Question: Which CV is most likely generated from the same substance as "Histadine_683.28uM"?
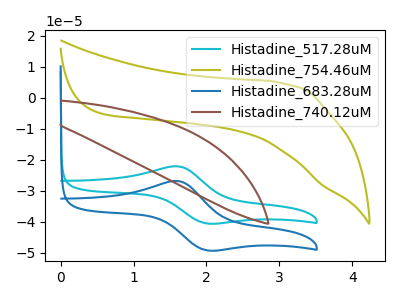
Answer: <think>The cyan curve "Histadine_517.28uM" has an anodic peak at (1.60V, -22.20uA) and a cathodic peak at (2.00V, -40.60uA). The olive curve "Histadine_754.46uM" has no peaks. The blue curve "Histadine_683.28uM" has an anodic peak at (1.60V, -26.95uA) and a cathodic peak at (2.00V, -49.30uA). The brown curve "Histadine_740.12uM" has no peaks.
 "Histadine_517.28uM" and "Histadine_754.46uM" have a different number of peaks. All the peaks in "Histadine_517.28uM" have a peak in "Histadine_683.28uM" at the same potential. "Histadine_517.28uM" and "Histadine_740.12uM" have a different number of peaks. "Histadine_754.46uM" and "Histadine_683.28uM" have a different number of peaks. Neither "Histadine_754.46uM" or "Histadine_740.12uM" have any peaks. "Histadine_683.28uM" and "Histadine_740.12uM" have a different number of peaks.</think>
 <answer>The CV with the most similar shape to "Histadine_517.28uM" is "Histadine_683.28uM".</answer>
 <eval>"Histadine_683.28uM"</eval>